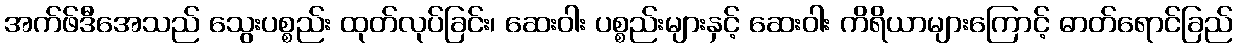
အက်ဖ်ဒီအေသည် သွေးပစ္စည်း ထုတ်လုပ်ခြင်း၊ ဆေးဝါး ပစ္စည်းများနှင့် ဆေးဝါး ကိရိယာများကြောင့် ဓာတ်ရောင်ခြည်